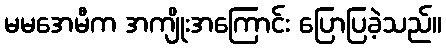
မမအေမီက အကျိုးအကြောင်း ပြောပြခဲ့သည်။